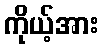
ကိုယ့်အား